Reports on dispensaries and lunatic asylums in the Province of Oudh - 1869-1876
Year: 1869
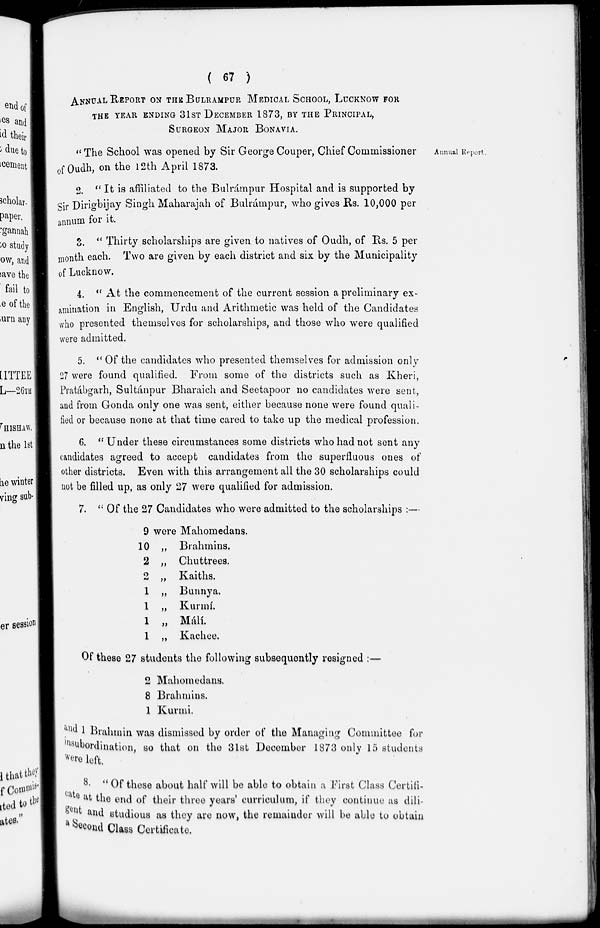
( 67 )
ANNUAL REPORT ON THE BULARAMPUR MEDICAL SCHOOL, LUCKNOW FOR
THE YEAR ENDING 31ST DECEMBER 1873, BY THE PRINCIPAL ,
SURGEON MAJOR BONAVIA.
Annual Report .
" The School was opened by Sir George Couper, Chief Commissioner
of Oudh, on the 12th April 1873.
2. " It is affiliated to the Bulrámpur Hospital and is supported by
Sir Dirigbijay Singh Maharajah of Bulrámpur, who gives Rs. 10,000 per
annum for it.
3. " Thirty scholarships are given to natives of Oudh, of Rs. 5 per
month each. Two are given by each district and six. by the Municipality
of Lucknow.
4. " At the commencement of the current session a preliminary ex-
amination in English, Urdu and Arithmetic was held of the Candidates
who presented themselves for scholarships, and those who were qualified
were admitted.
5. " Of the candidates who presented themselves for admission only
27 were found qualified. From some of the districts such as Kheri,
Pratábgarh, Sultánpur Bharaich and Seetapoor no candidates were sent,
and from Gonda only one was sent, either because none were found quali-
fied or because none at that time cared to take up the medical profession.
6. "Under these circumstances some districts who had not sent any
candidates agreed to accept candidates from the superfluous ones of
other districts. Even with this arrangement all the 30 scholarships could
not be filled up, as only 27 were qualified for admission.
7. " Of the 27 Candidates who were admitted to the scholarships :—
9 were Mahomedans.
10 „ Brahmins.
2 „ Chuttrees.
2 „ Kaiths.
1 „ Bunnya.
1 „ Kurmí.
1 „ Málí.
1 „ Kachee.
Of these 27 students the following subsequently resigned :—
2 Mahomedans.
8 Brahmins.
1 Kurmi.
and 1 Brahmin was dismissed by order of the Managing Committee for
insubordination, so that on the 31st December 1873 only 15 students
were left.
8. " Of these about half will be able to obtain a First Class Certifi-
cate at the end of their three years' curriculum, if they continue as dili-
gent and studious as they are now, the remainder will be able to obtain
a Second Class Certificate.